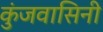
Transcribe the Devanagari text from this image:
कुंजवासिनी